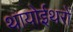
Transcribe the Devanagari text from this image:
थायोईथरों